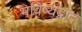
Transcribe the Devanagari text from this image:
भविष्यद्वाद